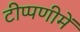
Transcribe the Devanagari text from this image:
टीप्‍पणीमें